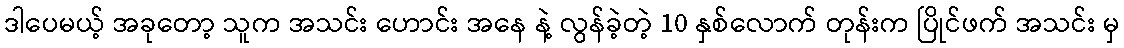
ဒါပေမယ့် အခုတော့ သူက အသင်း ဟောင်း အနေ နဲ့ လွန်ခဲ့တဲ့ 10 နှစ်လောက် တုန်းက ပြိုင်ဖက် အသင်း မှ